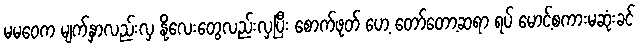
မမဝေက မျက်နှာလည်းလှ နို့လေးတွေလည်းလှပြီး စောက်ဖုတ် ဟေ့ တော်တော့ဆရာ ရပ် မောင့်စကားမဆုံးခင်